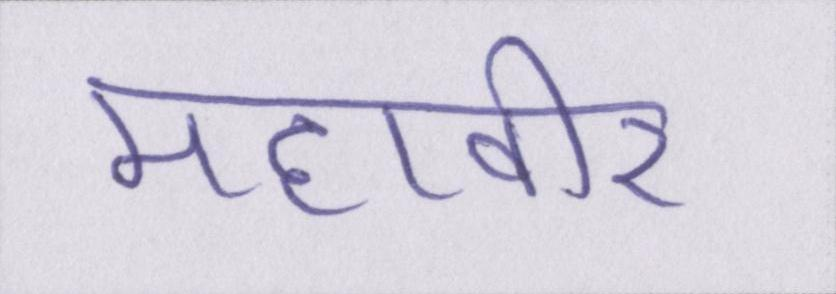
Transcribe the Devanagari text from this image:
महावीर